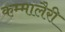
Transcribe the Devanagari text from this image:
कम्मालैरी